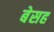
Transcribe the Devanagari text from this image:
बेसह